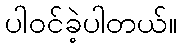
ပါဝင်ခဲ့ပါတယ်။